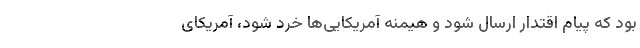
بود که پیام اقتدار ارسال شود و هیمنه آمریکایی‌ها خرد شود، آمریکای